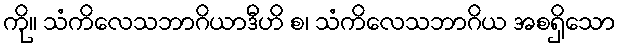
ကို။ သံကိလေသဘာဂိယာဒီဟိ စ၊ သံကိလေသဘာဂိယ အစရှိသော